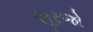
સૂરજો